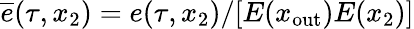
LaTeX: \overline{{e}}(\tau,x_{2})=e(\tau,x_{2})/[E(x_{\mathrm{out}})E(x_{2})]